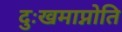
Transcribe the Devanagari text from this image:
दुःखमाप्नोति